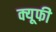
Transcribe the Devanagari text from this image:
क्यूफी